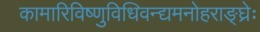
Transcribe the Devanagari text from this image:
कामारिविष्णुविधिवन्द्यमनोहराङ्घ्रेः